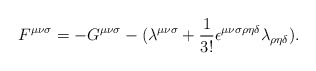
\begin{align*}F^{{\mu}{\nu}{\sigma}}=-G^{{\mu}{\nu}{\sigma}}-({\lambda}^{{\mu}{\nu}{\sigma}}+\frac{1}{3!}{\epsilon}^{{\mu}{\nu}{\sigma}{\rho}{\eta}{\delta}}{\lambda}_{{\rho}{\eta}{\delta}}).\end{align*}